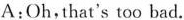
A:Oh,that's too bad.